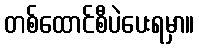
တစ်ထောင်စီပဲပေးရမှာ။